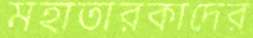
মহাতারকাদের